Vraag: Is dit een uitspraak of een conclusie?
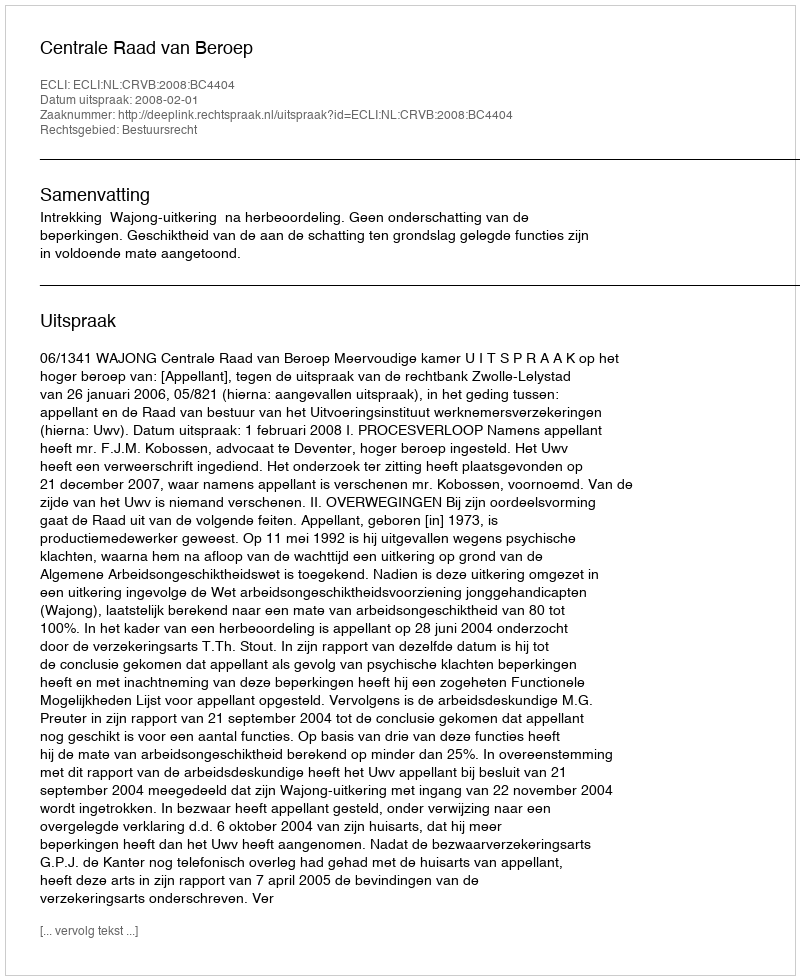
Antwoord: Uitspraak